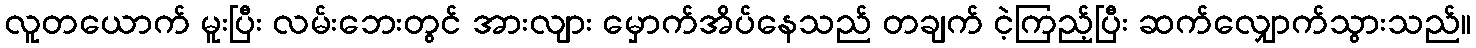
လူတယောက် မူးပြီး လမ်းဘေးတွင် အားလျား မှောက်အိပ်နေသည် တချက် ငဲ့ကြည့်ပြီး ဆက်လျှောက်သွားသည်။